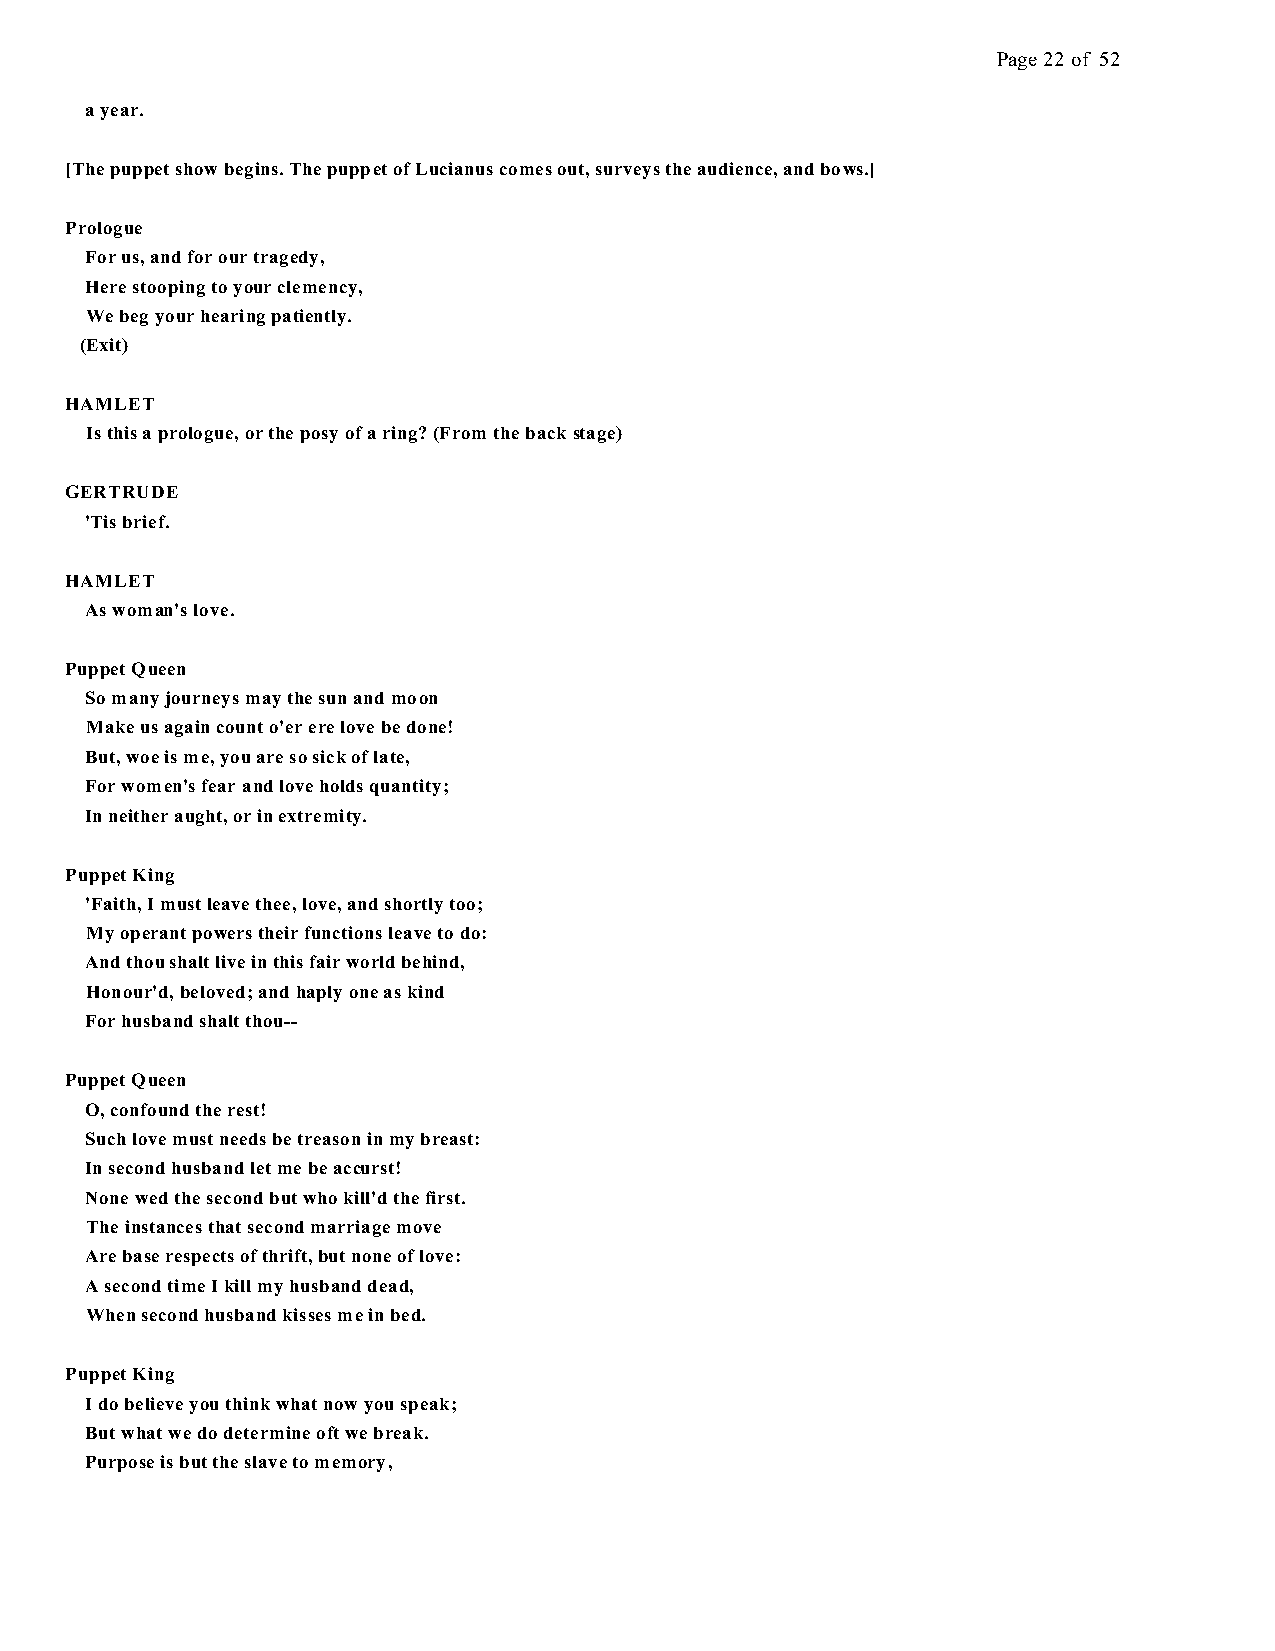
Page 22 of 52
 a year.
 [The puppet show begins. The puppet of Lucianus comes out, surveys the audience, and bows.]
 Prologue
 For us, and for our tragedy,
 Here stooping to your clemency,
 We beg your hearing patiently.
 (Exit)
 HAMLET
 Is this a prologue, or the posy of a ring? (From the back stage)
 GERTRUDE
 'Tis brief.
 HAMLET
 As woman's love.
 Puppet Queen
 So many journeys may the sun and moon
 Make us again count o'er ere love be done!
 But, woe is me, you are so sick of late,
 For women's fear and love holds quantity;
 In neither aught, or in extremity.
 Puppet King
 'Faith, I must leave thee, love, and shortly too;
 My operant powers their functions leave to do:
 And thou shalt live in this fair world behind,
 Honour'd, beloved; and haply one as kind
 For husband shalt thou--
 Puppet Queen
 O, confound the rest!
 Such love must needs be treason in my breast:
 In second husband let me be accurst!
 None wed the second but who kill'd the first.
 The instances that second marriage move
 Are base respects of thrift, but none of love:
 A second time I kill my husband dead,
 When second husband kisses me in bed.
 Puppet King
 I do believe you think what now you speak;
 But what we do determine oft we break.
 Purpose is but the slave to memory,